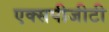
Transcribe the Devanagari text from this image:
एक्सपीजीटी